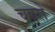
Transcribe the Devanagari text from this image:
चवरो